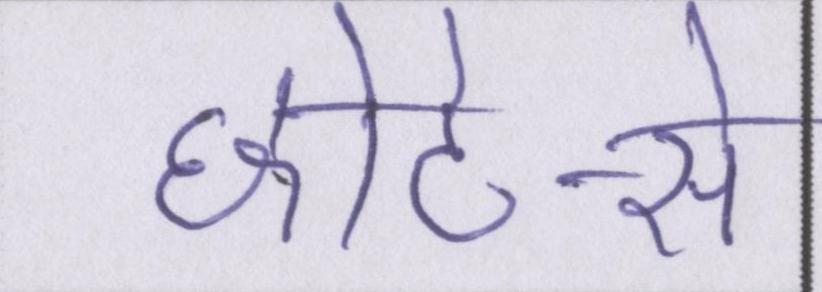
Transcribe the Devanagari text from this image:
छोटे-से